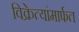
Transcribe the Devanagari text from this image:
विक्रेत्यांमार्फत